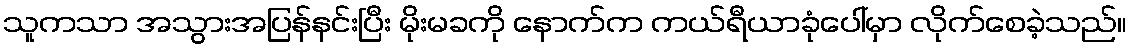
သူကသာ အသွားအပြန်နင်းပြီး မိုးမခကို နောက်က ကယ်ရီယာခုံပေါ်မှာ လိုက်စေခဲ့သည်။